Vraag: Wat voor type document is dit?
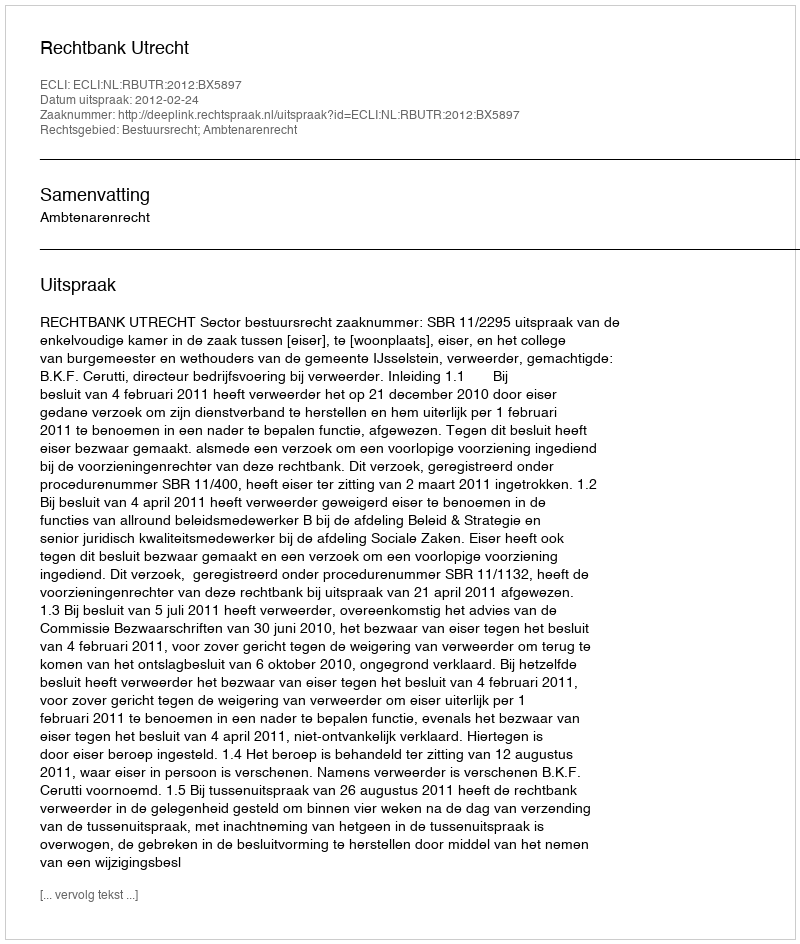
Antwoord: Uitspraak